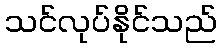
သင်လုပ်နိုင်သည်